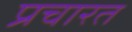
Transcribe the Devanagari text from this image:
प्रचारत